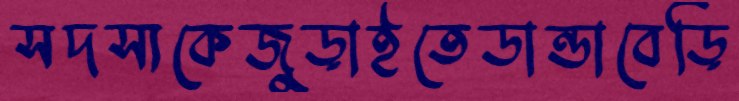
সদস্যকেজুড়াইতেডান্ডাবেড়ি